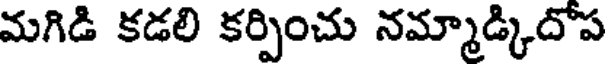
మగిడి కడలి కర్పించు నమ్మాడ్కిదోప